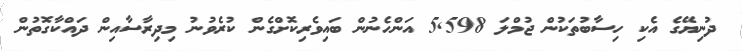
ދުނިޔޭގެ އެކި ހިސާބުތަކުން ޖުމްލަ 5